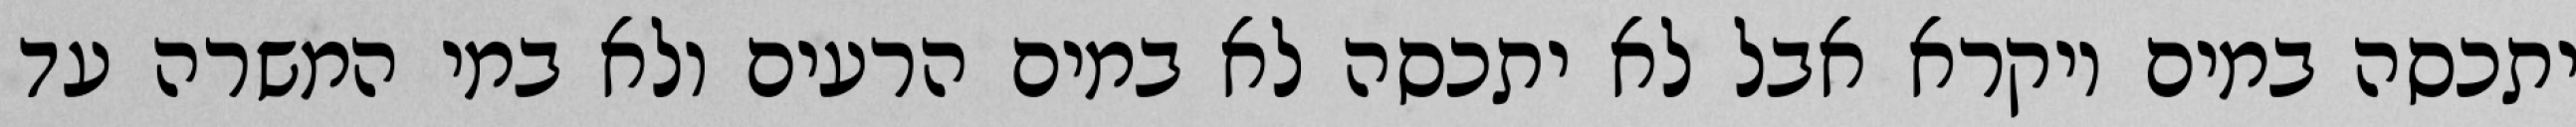
יתכסה במים ויקרא אבל לא יתכסה לא במים הרעים ולא במי המשרה עד